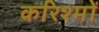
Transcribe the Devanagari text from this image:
करिश्मों